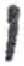
אות: י